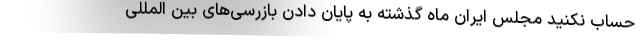
حساب نکنید مجلس ایران ماه گذشته به پایان دادن بازرسی‌های بین المللی